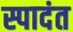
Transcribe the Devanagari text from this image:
स्पादंत